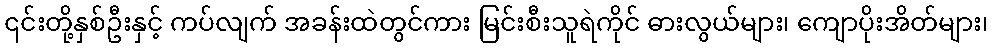
၎င်းတို့နှစ်ဦးနှင့် ကပ်လျက် အခန်းထဲတွင်ကား မြင်းစီးသူရဲကိုင် ဓားလွယ်များ၊ ကျောပိုးအိတ်များ၊